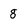
Character: 8